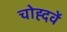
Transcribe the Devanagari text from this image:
चोह्दवें